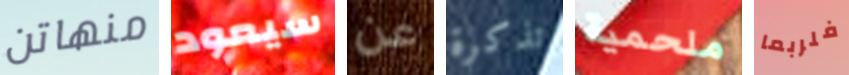
منهاتن سيعود عن تذكرة ملحمية فلربما